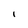
Character: i